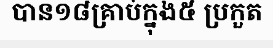
បាន១៨គ្រាប់ក្នុង៥ ប្រកួត